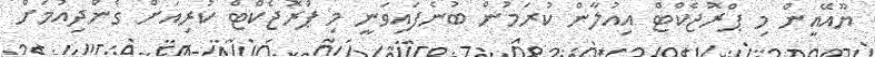
ޔޫއޭއީން މި ޕްރޮޖެކްޓް އިއުލާން ކުރަމުން ބުނެފައިވަނީ މި ޕްރޮޖެކްޓް ކުރިއަށް ގެންދިއުމަށް